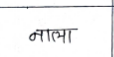
मजकूर: नाला